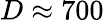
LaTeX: D\approx 700